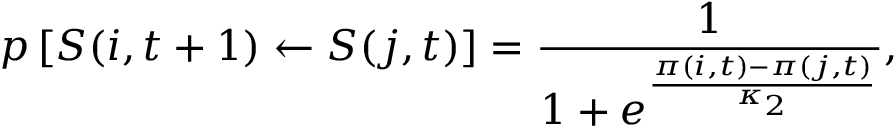
p \left[ S ( i , t + 1 ) \gets S ( j , t ) \right] = \frac { 1 } { 1 + e ^ { \frac { \pi ( i , t ) - \pi ( j , t ) } { \kappa _ { 2 } } } } ,